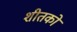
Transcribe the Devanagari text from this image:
शीतकों